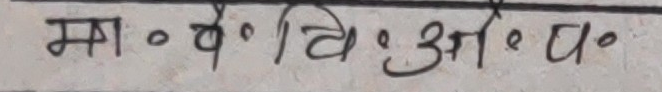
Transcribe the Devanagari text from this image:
मा० वं० वि० आ० घ०